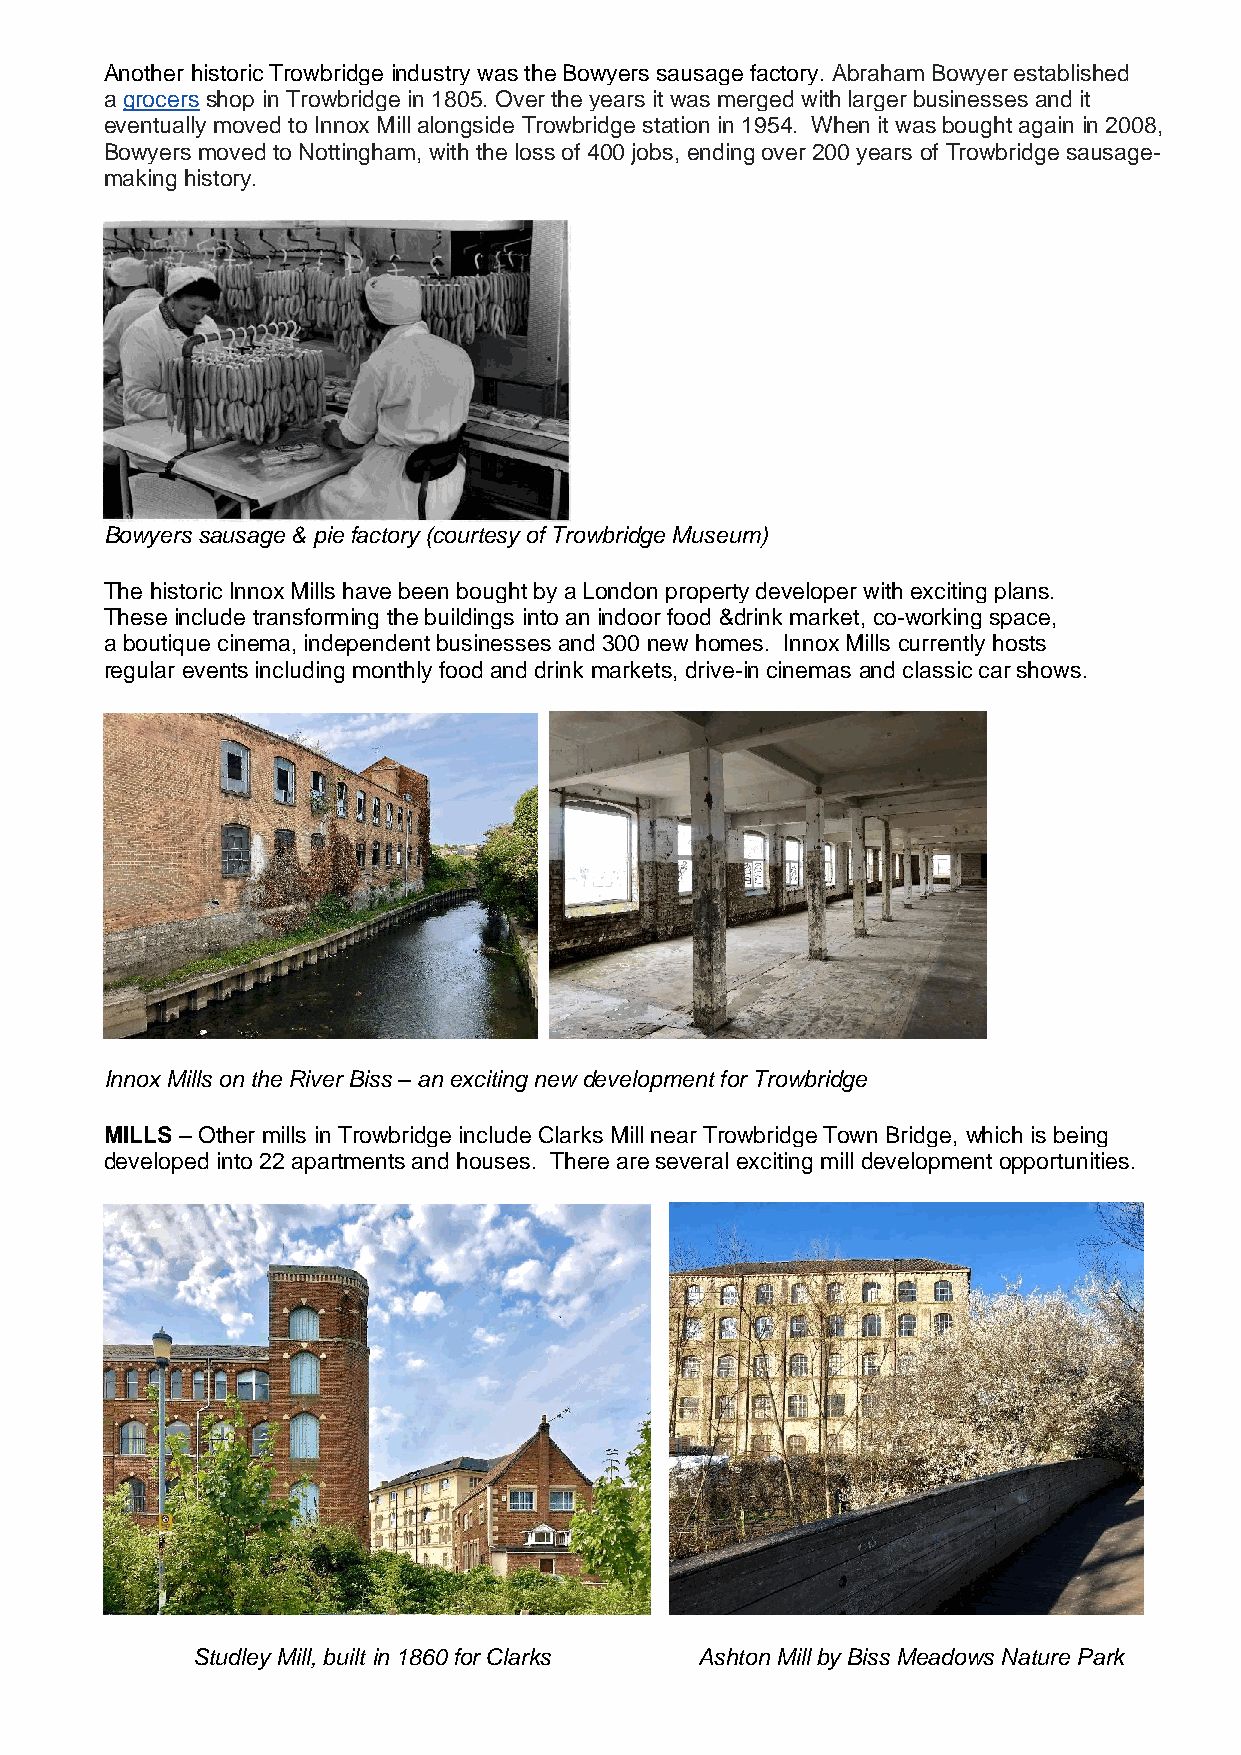
Another historic Trowbridge industry was the Bowyers sausage factory. Abraham Bowyer established
 a grocers shop in Trowbridge in 1805. Over the years it was merged with larger businesses and it
 eventually moved to Innox Mill alongside Trowbridge station in 1954. When it was bought again in 2008,
 Bowyers moved to Nottingham, with the loss of 400 jobs, ending over 200 years of Trowbridge sausage-
 making history.
 Bowyers sausage & pie factory (courtesy of Trowbridge Museum)
 The historic Innox Mills have been bought by a London property developer with exciting plans.
 These include transforming the buildings into an indoor food &drink market, co-working space,
 a boutique cinema, independent businesses and 300 new homes. Innox Mills currently hosts
 regular events including monthly food and drink markets, drive-in cinemas and classic car shows.
 Innox Mills on the River Biss – an exciting new development for Trowbridge
 MILLS – Other mills in Trowbridge include Clarks Mill near Trowbridge Town Bridge, which is being
 developed into 22 apartments and houses. There are several exciting mill development opportunities.
 Studley Mill, built in 1860 for Clarks Ashton Mill by Biss Meadows Nature Park